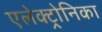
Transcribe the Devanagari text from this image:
एलेक्ट्रोनिका